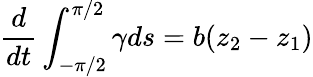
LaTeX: \frac{d}{dt}\int_{-\pi/2}^{\pi/2}\gamma ds=b(z_{2}-z_{1})